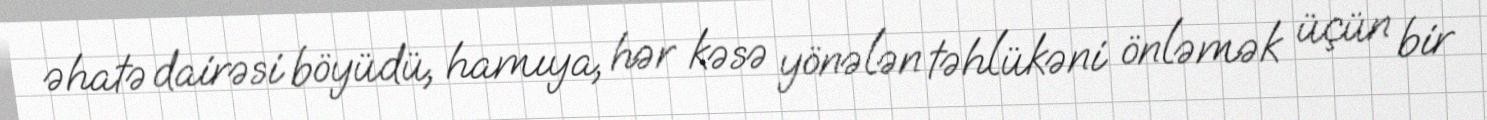
əhatə dairəsi böyüdü, hamıya, hər kəsə yönələn təhlükəni önləmək üçün bir